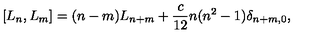
[ L _ { n } , L _ { m } ] = ( n - m ) L _ { n + m } + \frac { c } { 1 2 } n ( n ^ { 2 } - 1 ) \delta _ { n + m , 0 } ,